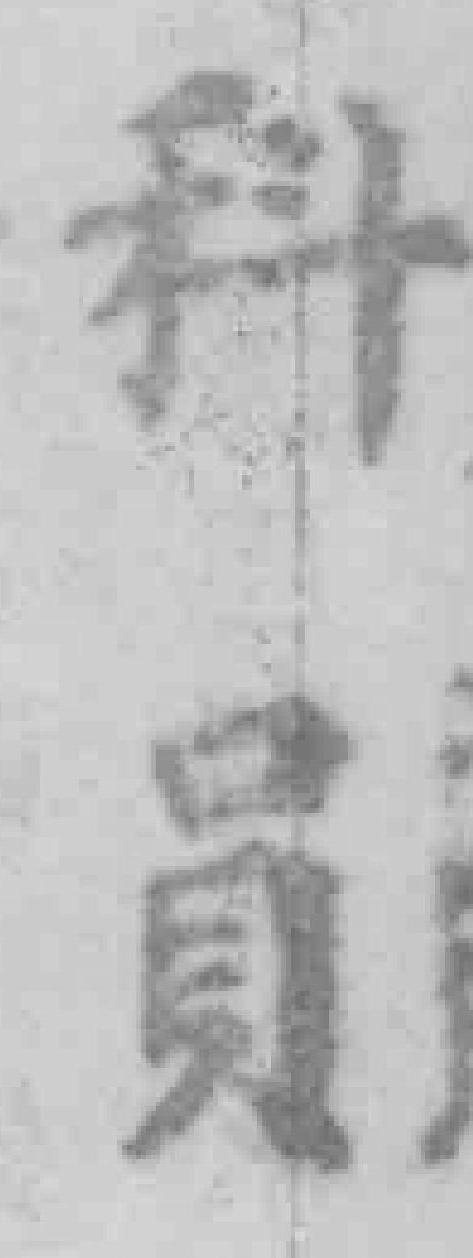
科員